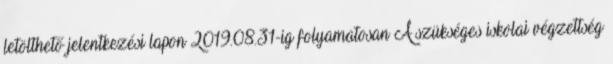
letölthető jelentkezési lapon 2019.08.31-ig folyamatosan A szükséges iskolai végzettség